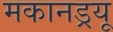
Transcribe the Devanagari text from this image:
मकानड्रयू